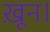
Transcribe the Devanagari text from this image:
ख़ून।